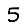
Digit: 5